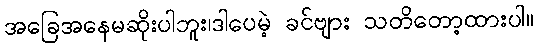
အခြေအနေမဆိုးပါဘူး၊ဒါပေမဲ့ ခင်ဗျား သတိတော့ထားပါ။